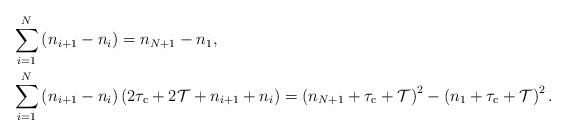
LaTeX: \begin{align*}\begin{aligned}&\sum\limits_{i = 1}^{N} {\left( {{n_{i + 1}} - {n_i}} \right)}=n_{N+1}-n_1,\\&\sum\limits_{i = 1}^{N} {\left( {{n_{i + 1}} - {n_i}} \right)\left( {2{\tau _{\rm c}} + 2\mathcal{T} + {n_{i + 1}} + {n_i}} \right)}=\left(n_{N+1}+\tau_{\rm c}+\mathcal{T}\right)^2-\left(n_1+\tau_{\rm c}+\mathcal{T}\right)^2.\end{aligned}\end{align*}